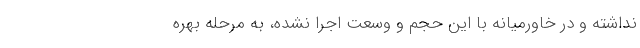
نداشته و در خاورمیانه با این حجم و وسعت اجرا نشده، به مرحله بهره